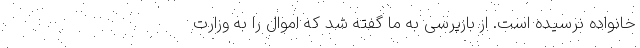
خانواده نرسیده است. از بازپرسی به ما گفته شد که اموال را به وزارت